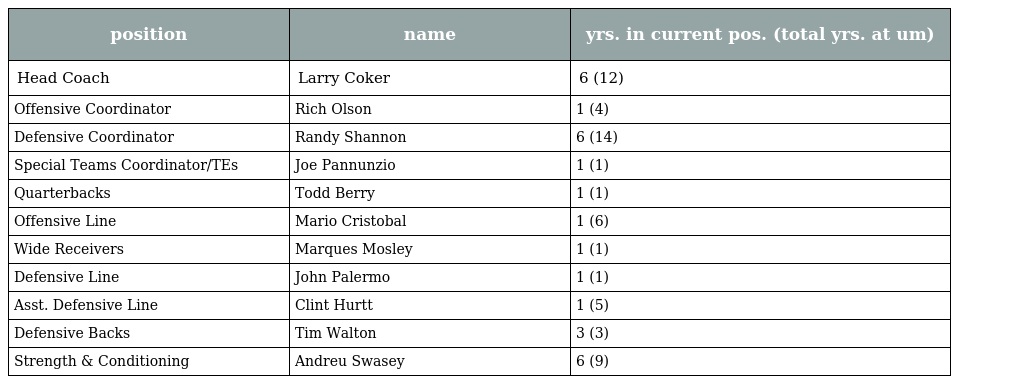
| position | name | yrs. in current pos. (total yrs. at um) |
 | --- | --- | --- |
 | Head Coach | Larry Coker | 6 (12) |
 | Offensive Coordinator | Rich Olson | 1 (4) |
 | Defensive Coordinator | Randy Shannon | 6 (14) |
 | Special Teams Coordinator/TEs | Joe Pannunzio | 1 (1) |
 | Quarterbacks | Todd Berry | 1 (1) |
 | Offensive Line | Mario Cristobal | 1 (6) |
 | Wide Receivers | Marques Mosley | 1 (1) |
 | Defensive Line | John Palermo | 1 (1) |
 | Asst. Defensive Line | Clint Hurtt | 1 (5) |
 | Defensive Backs | Tim Walton | 3 (3) |
 | Strength & Conditioning | Andreu Swasey | 6 (9) |